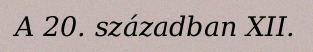
A 20. században XII.